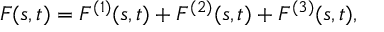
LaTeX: F ( s , t ) = F ^ { ( 1 ) } ( s , t ) + F ^ { ( 2 ) } ( s , t ) + F ^ { ( 3 ) } ( s , t ) ,